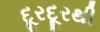
દૂરદૂરથી